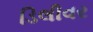
ડિલીવર